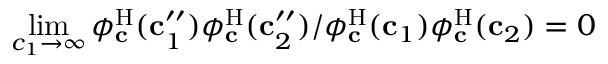
\operatorname* { l i m } _ { c _ { 1 } \to \infty } { \phi _ { \mathbf { c } } ^ { \mathrm { H } } ( \mathbf { c } _ { 1 } ^ { \prime \prime } ) \phi _ { \mathbf { c } } ^ { \mathrm { H } } ( \mathbf { c } _ { 2 } ^ { \prime \prime } ) } / { \phi _ { \mathbf { c } } ^ { \mathrm { H } } ( \mathbf { c } _ { 1 } ) \phi _ { \mathbf { c } } ^ { \mathrm { H } } ( \mathbf { c } _ { 2 } ) } = 0